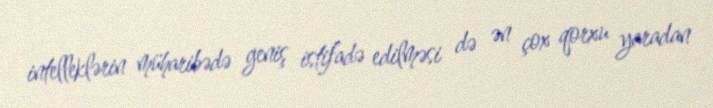
intelleklərin müharibədə geniş istifadə edilməsi də ən çox qorxu yaradan